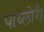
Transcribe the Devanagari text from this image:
पाय्लोरी